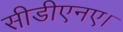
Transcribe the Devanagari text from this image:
सीडीएनए।